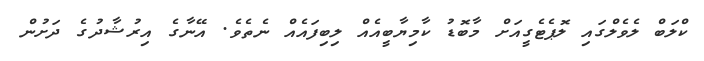
ކްލަބް ލެވެލްގައި ލޮޕެޓެގީއަށް މާބޮޑު ކާމިޔާބީއެއް ލިބިފައެއް ނެތެވެ. އޭނާގެ އިރުޝާދުގެ ދަށުން